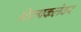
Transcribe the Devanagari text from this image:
शिल्पकलेवर